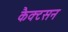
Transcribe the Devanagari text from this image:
कैक्टसन